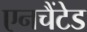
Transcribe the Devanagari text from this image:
एनचैंटेड